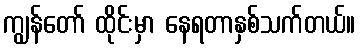
ကျွန်တော် ထိုင်းမှာ နေရတာနှစ်သက်တယ်။